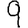
Digit: 9